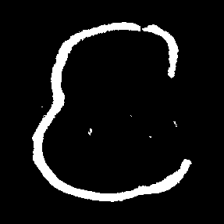
Pyu character \u2014 Myanmar letter: င (romanized: nga)